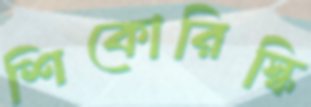
শিকোরিস্কি